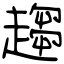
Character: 趨